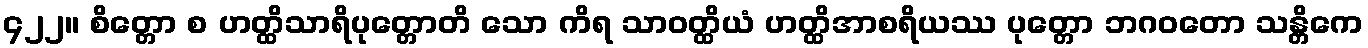
၄၂၂။ စိတ္တော စ ဟတ္ထိသာရိပုတ္တောတိ သော ကိရ သာဝတ္ထိယံ ဟတ္ထိအာစရိယဿ ပုတ္တော ဘဂဝတော သန္တိကေ